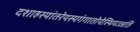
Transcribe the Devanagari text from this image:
दशाहस्यांतरेयस्यगंगातोयेस्थिमज्जति